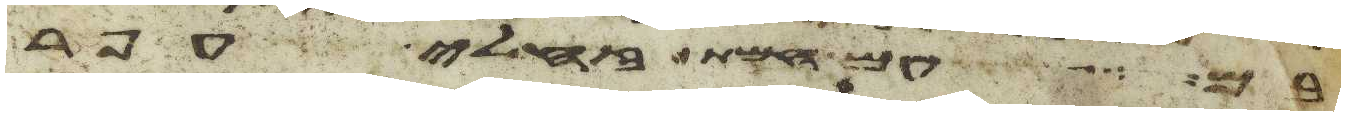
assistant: בם עם חמת זחלי עפר